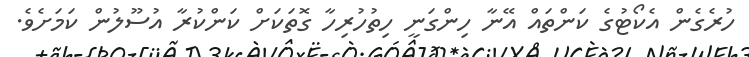
ހުރެގެން އެކޯޓުގެ ކަންތައް އޭނާ ހިންގަނީ ހިތުހުރިހާ ގޮތަކަށް ކަންކުރާ އުސޫލުން ކަމަށެވެ.